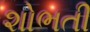
શોભતી